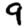
Digit: 9